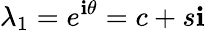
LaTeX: \lambda_{1}=e^{\mathbf{i}\theta}=c+s\mathbf{i}